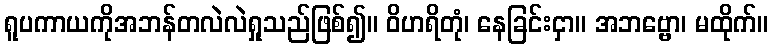
ရူပကာယကိုအဘန်တလဲလဲရှုသည်ဖြစ်၍။ ဝိဟရိတုံ၊ နေခြင်းငှာ။ အဘဗ္ဗော၊ မထိုက်။